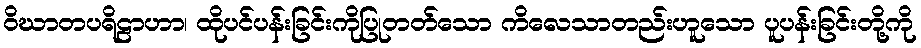
ဝိဃာတပရိဠာဟာ၊ ထိုပင်ပန်းခြင်းကိုပြုတတ်သော ကိလေသာတည်းဟူသော ပူပန်းခြင်းတို့ကို